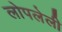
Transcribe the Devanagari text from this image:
लोपलेली